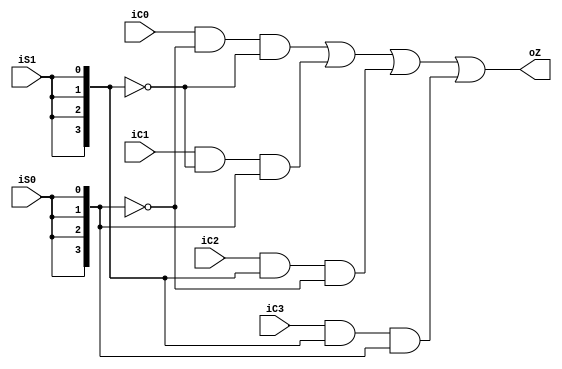
module selector41(
    input [3:0] iC0,
    input [3:0] iC1,
    input [3:0] iC2,
    input [3:0] iC3,
    input iS1,
    input iS0,
    output [3:0] oZ
);
wire [3:0]iS14,iS04;
assign iS14={{3{iS1}},iS1};
assign iS04={{3{iS0}},iS0};

    assign oZ=(iC0 & ~iS04 & ~iS14) |( iC1 & ~iS14 & iS04) |( iC2 & iS14 & ~iS04) | (iC3 & iS14 &iS04);
endmodule